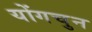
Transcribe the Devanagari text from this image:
योंगचुन